Annual report on the working of the lock hospitals in the Central Provinces
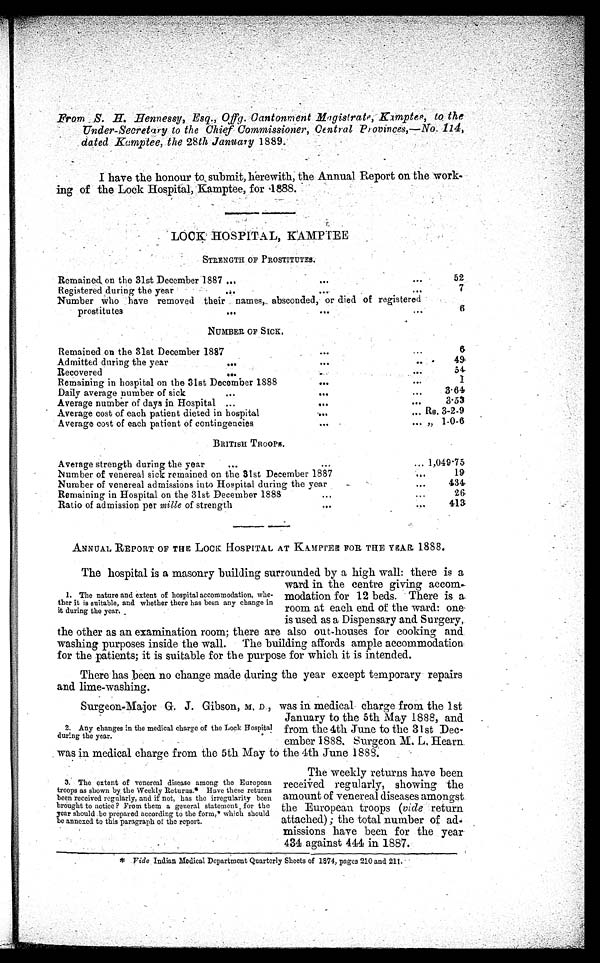
From _S. H. Hennessy, Esq., Offg. Cantonment Magistrate, Kamptee, to the
Under-Secretary to the Chief Commissioner, Central Provinces,—No. 114,
dated Kamptee, the 28th January 1889.
•
I have the honour to, submit, herewith, the Annual Report on the work-
ing of the Lock Hospital, Kamptee, for 1888.
LOCK HOSPITAL, KAMPTEE
STRENGTH OF PROSTITUTES.
Remained, on the 31st December 1887...
...
52
Registered during the year
...
7
Number who have removed their names, absconded, or died of registered
prostitutes
...
...
. . .
6
NUMBER. OF SICK.
Remained on the 31st December 1887
...
6
Admitted during the year
...
...
49
Recovered
54
Remaining in hospital on the 31st December 1888
...
...
1
Daily average number of sick
3·61
Average number of days in Hospital ...
3·53
Average cost of each patient dieted in hospital
... Rs. 3-2-9
Average cost of each patient of contingencies
, , 1- 0- 6
BRITISH TROOPS.
Average strength during the year
1,049.75
Number of venereal sick remained on the 31st December 1887
...
19
Number of venereal admissions into Hospital during the year
...
434
Remaining in Hospital on the 31st December 1888
...
..
26
Ratio of admission per mille of strength
...
413
ANNUAL REPORT OF THE LOCK HOSPITAL AT KAMPTEE FOR THE YEAR 1888.
The hospital is a masonry building surrounded by a high wall: there is a
ward in the centre giving accom-
modation for 12 beds. There is a
room at each end. of the ward: one
s used as a Dispensary and Surgery,
the other as an examination room; there are also out-houses for cooking and
washing purposes inside the wall. The building affords ample accommodation
for the patients; it is suitable for the purpose for which it is intended.
There has been no change made during the year except temporary repairs
and lime-washing.
Surgeon-Major G. J. Gibson, M.D , was in medical charge from the 1st
January to the 5th May 1888, and
from the 4th June to the 31st Dec-
ember 1888, Surgeon M. L, Hearn
was in medical charge from the 5th May to the 4th June 1888.
1. The nature and extent of hospital accommodation, whe-
ther it is suitable, and whether there has been any change in
it during the year.
2 . A n y c h a n g e s i n t h e m e d i c a l c h a r g e o f t h e L o c k H o s p i t a l
during the year.
3. The extent of venereal disease among the European
troops as shown by the Weekly Returns.* Have these returns
been received regularly, and if not, has the irregularity been
brought to notice? From them a general statement for the
year should be prepared according to the form,* which should
be annexed to this paragraph of the report.
The weekly returns have been
received regularly, showing the
amount of venereal diseases amongst
the European troops (vide return
attached); the total number of ad
-missions have been for the year
434 against 444 in 1887.
* V i d e
I n d i a n M e d i c a l D e p a r t m e n t Q u a r t e r l y S h e e t s o f 1 8 7 4 , p a g e s 2 1 0 a n d 2 1 1 .
* Vide Indian Medical Department Quarterly Sheets of 1874, pages 210 and 211. '.